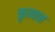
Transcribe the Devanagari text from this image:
कृत्यात